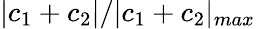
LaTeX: |c_{1}+c_{2}|/|c_{1}+c_{2}|_{max}